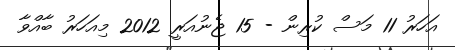
އަހަރު 11 މަސް ކުރިން - 15 ޖެނުއަރީ 2012 މިއަހަރު ބާއްވާ